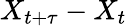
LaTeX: X_{t+\tau}-X_{t}